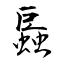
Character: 螶